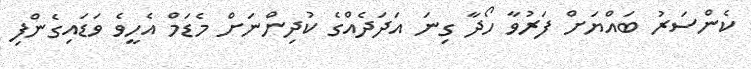
ކެންސަރު ބައްޔަށް ފަރުވާ ހޯދާ ގިނަ އަދަދެއްގެ ކުދިންނަށް މެޑަމް އެހީވެ ވަޑައިގެންފި